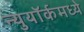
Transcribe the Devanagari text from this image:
न्युयॉर्कमध्ये